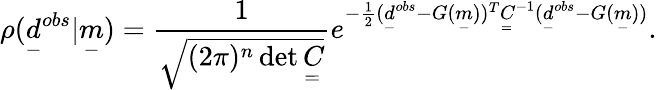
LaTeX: \rho(\underset{-}{d}^{obs}|\underset{-}{m})=\frac{1}{\sqrt{(2\pi)^{n}\operatorname*{det}\underset{=}{C}}}e^{-\frac{1}{2}(\underset{-}{d}^{obs}-G(\underset{-}{m}))^{T}\underset{=}{C}^{-1}(\underset{-}{d}^{obs}-G(\underset{-}{m}))}.